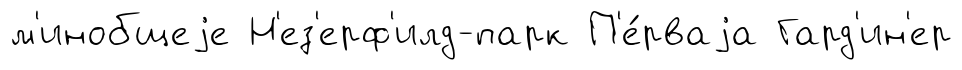
м'инобщеjе Н'ез'ерф'илд-парк П'е́рваjа Гард'ин'ер